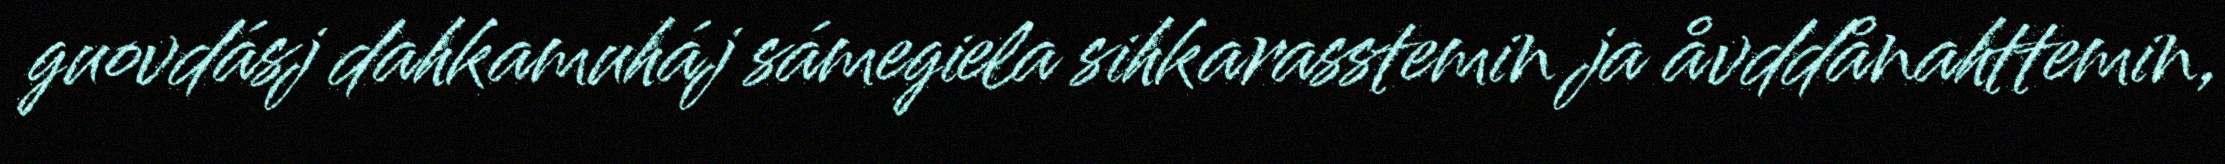
guovdásj dahkamuháj sámegiela sihkarasstemin ja åvddånahttemin,